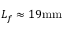
L _ { f } \approx 1 9 \mathrm { m m }